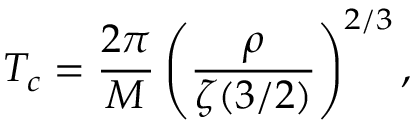
T _ { c } = { \frac { 2 \pi } { M } } \left( { \frac { \rho } { \zeta ( 3 / 2 ) } } \right) ^ { 2 / 3 } ,